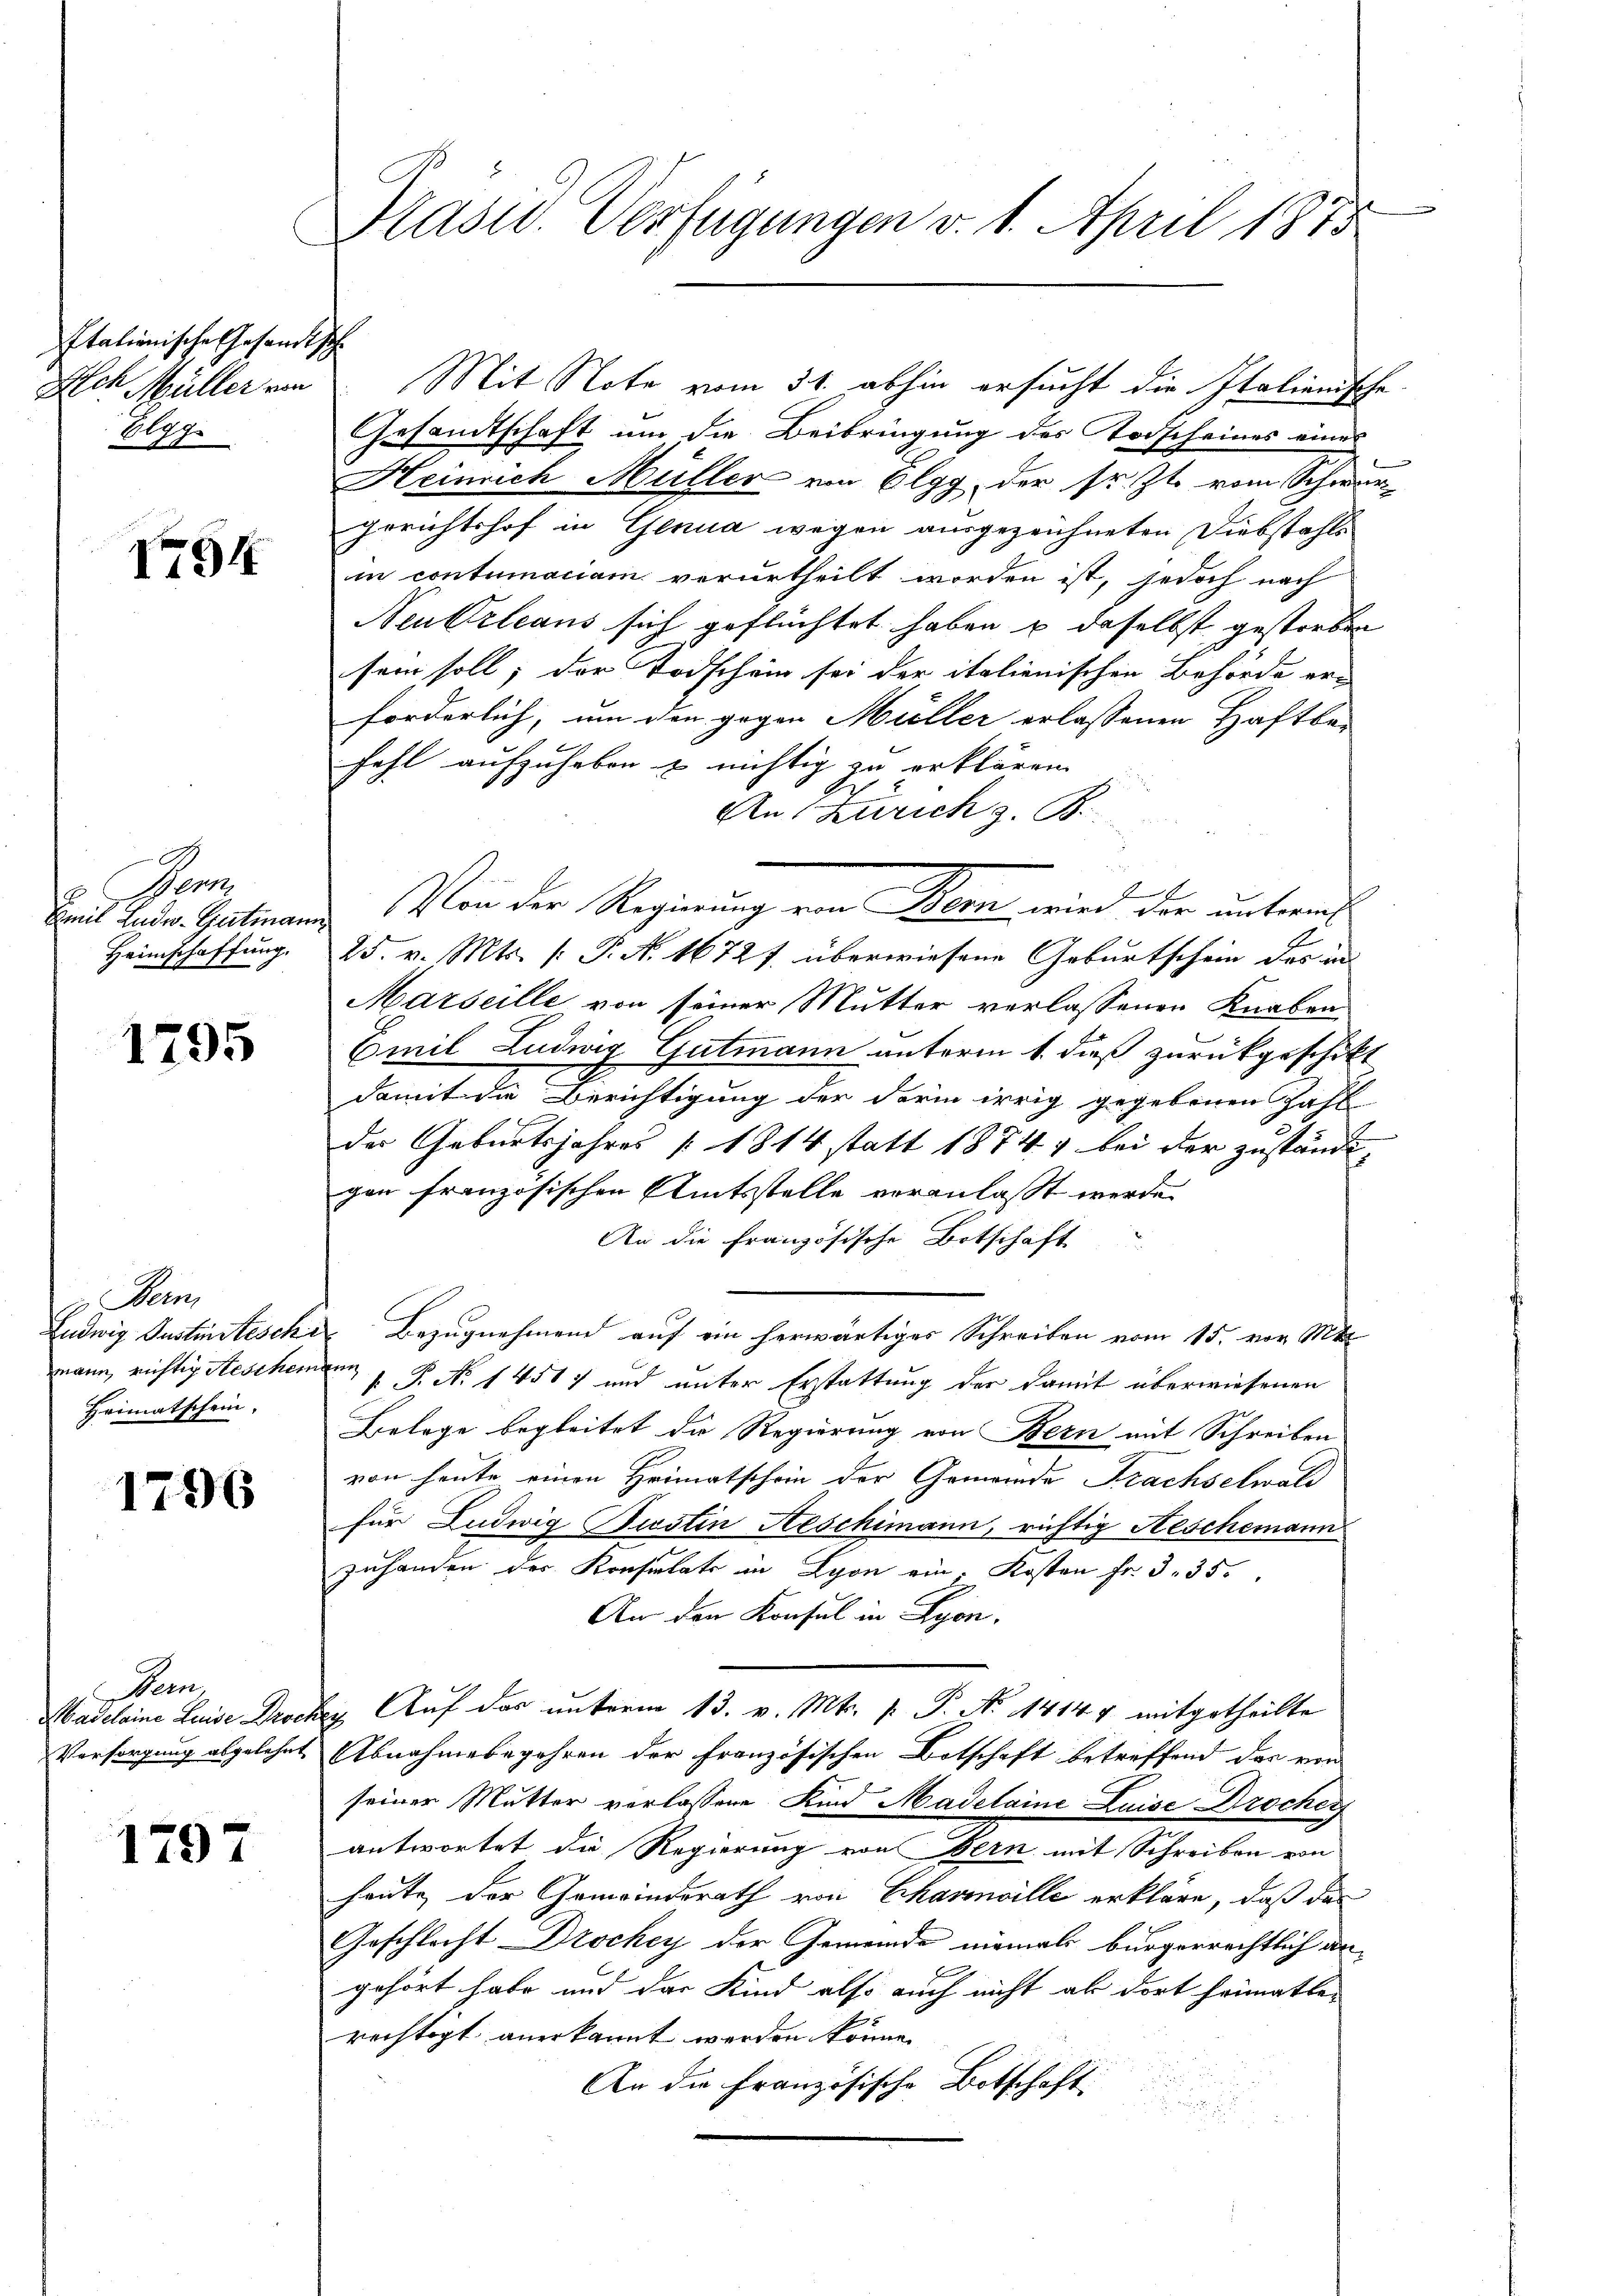
Italienische Gesandtsche
Ich Müller von
Elgg

I794

Gen
Emil Ende Gutmann
Heimschaffung.

1795

x Bern
Heimatschein.

1796

Demn
Madeleine Linde Rever
Versorgung abgelehnt

1797

Präsid. Verfügungen v. 1. April 1875

Mit Note vom 31. abhin ersucht die Italienische
Gesandtschaft um die Beibringung des Todscheines eines
Heinrich Müller von Elgg, der sr. Zt. vom Schwur¬
Gerichtshof in Genua wegen ausgezeichneten Diebstahls
in contumaciam verurtheilt worden ist, jedoch nach
Neutrleans sich geflüchtet haben u daselbst gestorben
sein soll; der Todschein sei der italienischen Behörde erforderlich, um den gegen Müller erlassenen Haftbe- |
fahl aufzuheben & nichtig zu erklären.
An Zürich z. B.
d
Von der Regierung von Meer, wird der antrach
25. v. Mts. (T. A. 16727 überwiesene Geburtschein des in
Marseille von seiner Mutter verlassenen Knaben
Emil Ludwig Gutmann unterm 1. dieß zurückgeschikt
damit die Berichtigung der derin irrig gegebenen Zahl
der Geburtsjahres 1814 statt 1874, bei der zuständigen französischen Amtsstelle veranlaßt werde.
An die Französische Botschaft
Ludwig Justinstische Bezugnehmend auf ein herwärtiges Schreiben vom 15. vor. Mt
mann, richtig Aeschemann P. No 1451) und unter Erstattung der damit überwiesenen
Belege begleitet die Regierung von Bern mit Schreiben
von heute einen Heimatschein der Gemeinde Frachselwald
für Ludwig Pusten Aeschimann, richtig Aeschemann
zuhanden der Konsulats in Lyon ein. Kosten Fr. 3. 35.
An den Konsul in Lyon,
dg. Auf das unterm 13. v. Mt. P. P. No 1414 & mitgetheilte
Abnahmebegehren der französischen Botschaft betreffend das von
seiner Mutter verlassene Kind Madelaine Luise Drocher
antwortet die Regierung von Bern mit Schreiben von
heute der Gemeindsrath von Chasville erkläre, daß das
Geschlacht DDrockey der Gemeinde niemals bürgerrechtlich angehört habe und das Kind also auch nicht ab dort heimatlen
rechtigt anerkannt werden könne.
An die Französische Botschaft.